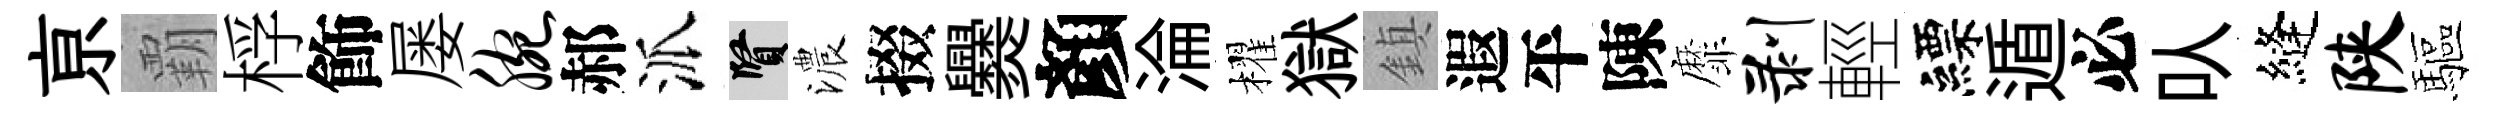
亰覇桴飾屡腕郝派賢濃掇爨顏淪櫂獄鎮遐平陳靡剥輕縹遁必㕥縫陕驅